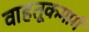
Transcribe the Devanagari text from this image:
वाहतूकमार्ग